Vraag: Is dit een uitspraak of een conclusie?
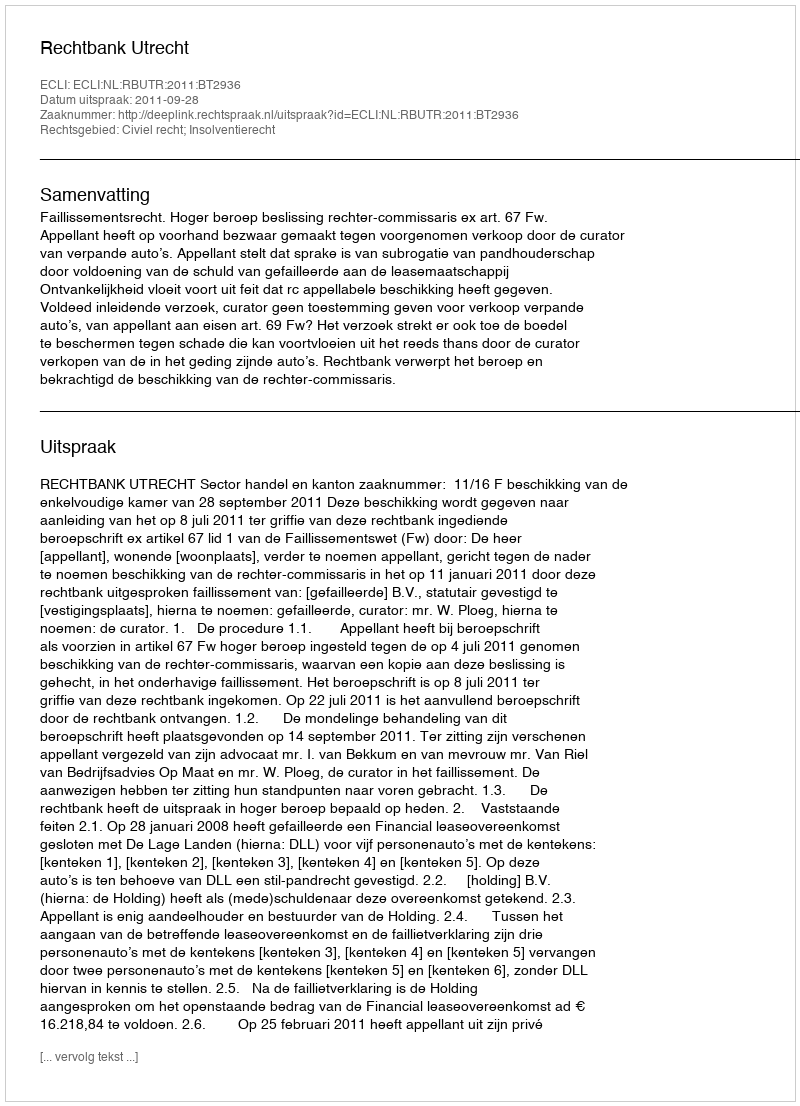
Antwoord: Uitspraak